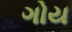
ગોય